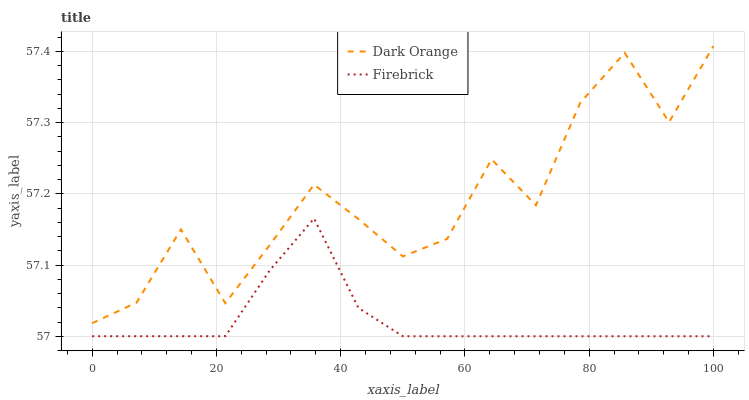
| xaxis_label | Dark Orange | Firebrick |
 | --- | --- | --- |
 | 0 | 57 | 57 |
 | 7.14 | 57 | 57 |
 | 14.3 | 57.2 | 57 |
 | 21.4 | 57 | 57 |
 | 28.6 | 57.1 | 57.1 |
 | 35.7 | 57.2 | 57.2 |
 | 42.9 | 57.2 | 57 |
 | 50 | 57.1 | 57 |
 | 57.1 | 57.1 | 57 |
 | 64.3 | 57.2 | 57 |
 | 71.4 | 57.2 | 57 |
 | 78.6 | 57.3 | 57 |
 | 85.7 | 57.4 | 57 |
 | 92.9 | 57.3 | 57 |
 | 100 | 57.4 | 57 |